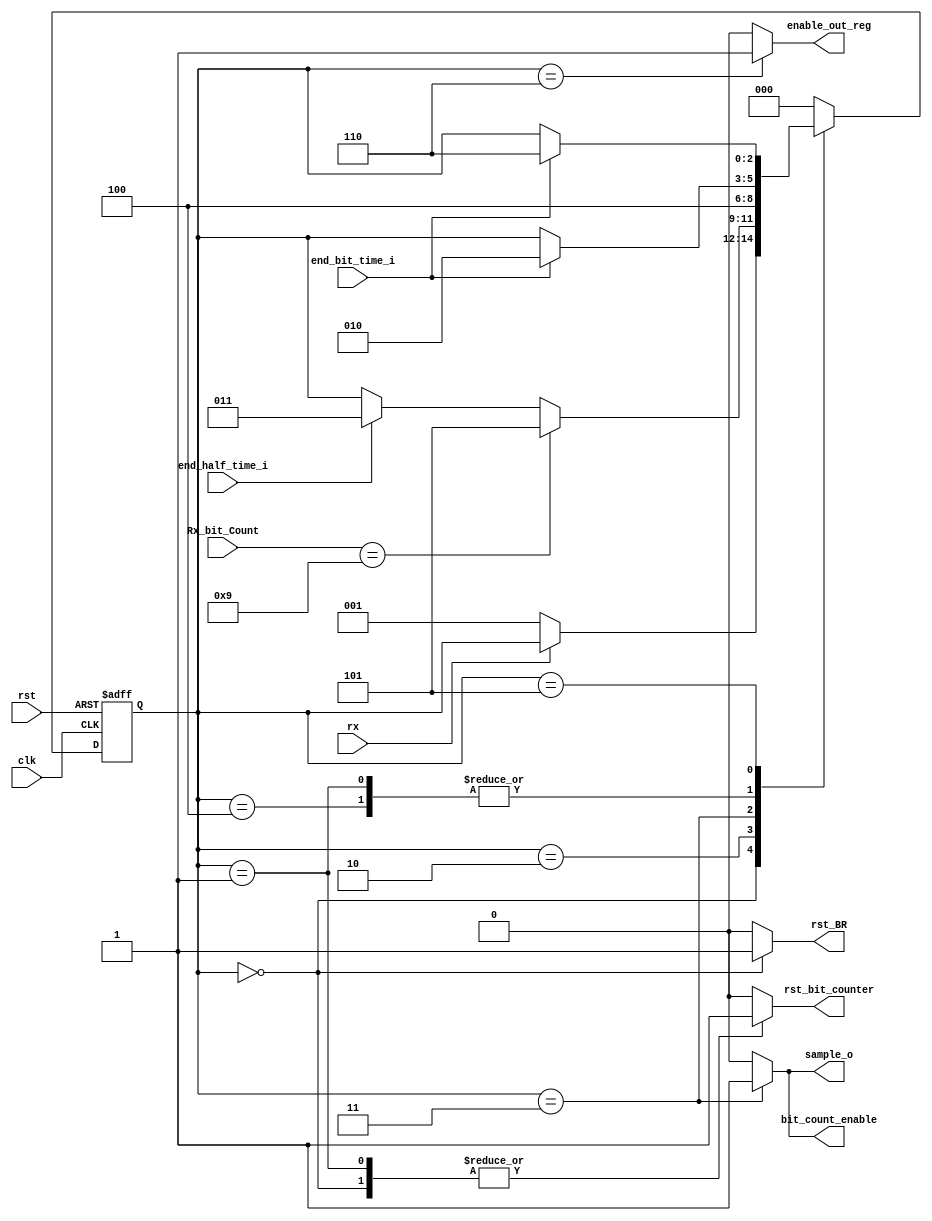
`timescale 1ns / 1ps
//////////////////////////////////////////////////////////////////////////////////
// Company: ITESO
// Finite State Machine to control a RS232 Receiver
////////////////////////////////////////////////////////////////////////////////////
module FSM_UART_Rx(
	// Inputs
	input rx,
	input clk,
	input rst,
	input end_half_time_i,
	input end_bit_time_i,
	input [3:0] Rx_bit_Count,
	
	// Outputs
	output reg sample_o,
	output reg bit_count_enable,
	output reg rst_BR,
	output reg rst_bit_counter,
	output reg enable_out_reg
);

// States
localparam INI_S				= 3'b000;
localparam START_S			= 3'b001;
localparam RX_BITS_S			= 3'b010;
localparam SAMPLE_S			= 3'b011;
localparam RX_WAIT_S			= 3'b100;
//localparam PARITY_S		= 3'b101;
//localparam SAMPLE_PAR_S	= 3'b110;
localparam STOP_S				= 3'b101;
localparam SAVE_RX_DATA_S	= 3'b110;

reg [2:0] Rx_state;

// ====================================================
// = State Machine         
// ====================================================

// Next state logic & Present state FF's
always @(posedge rst, posedge clk) begin
	
	if (rst) 
		Rx_state <= INI_S;
	
	else 
		
		case (Rx_state)
			
			INI_S:
				if (~rx)
						Rx_state <= START_S;
			
			START_S:
				if (end_bit_time_i)
					Rx_state <= RX_BITS_S;
			
			RX_BITS_S:
				if (Rx_bit_Count == 4'b1001)
					Rx_state <= STOP_S;
				else
					if (end_half_time_i)
							Rx_state <= SAMPLE_S;
			
			SAMPLE_S:
				Rx_state <= RX_WAIT_S;
				
			RX_WAIT_S:
				if (end_bit_time_i)	
					Rx_state <= RX_BITS_S;
					
			STOP_S:
				if (end_bit_time_i)	
					Rx_state <= SAVE_RX_DATA_S;
					
			SAVE_RX_DATA_S:
				Rx_state <= INI_S;
			
			default:
				Rx_state <= INI_S;
				
		endcase
end

// Output logic
always @(Rx_state) begin

case(Rx_state)
	INI_S: 	
		begin
			sample_o				= 1'b0;
			bit_count_enable	= 1'b0;
			rst_BR				= 1'b1;
			rst_bit_counter	= 1'b1;
			enable_out_reg		= 1'b0;
			
		end
	START_S: 	
		begin
			sample_o				= 1'b0;
			bit_count_enable	= 1'b0;
			rst_BR				= 1'b0;
			rst_bit_counter	= 1'b1;
			enable_out_reg		= 1'b0;
			
		end
	RX_BITS_S: 	
		begin
			sample_o				= 1'b0;
			bit_count_enable	= 1'b0;
			rst_BR				= 1'b0;
			rst_bit_counter	= 1'b0;
			enable_out_reg		= 1'b0;
		end
	SAMPLE_S: 	
		begin
			sample_o 			= 1'b1;
			bit_count_enable	= 1'b1;
			rst_BR				= 1'b0;
			rst_bit_counter	= 1'b0;
			enable_out_reg		= 1'b0;
		end
	RX_WAIT_S:
		begin
			sample_o 			= 1'b0;
			bit_count_enable	= 1'b0;
			rst_BR				= 1'b0;
			rst_bit_counter	= 1'b0;
			enable_out_reg		= 1'b0;
		end
	STOP_S: 	
		begin
			sample_o				= 1'b0;
			bit_count_enable	= 1'b0;
			rst_BR				= 1'b0;
			rst_bit_counter	= 1'b0;
			enable_out_reg		= 1'b0;
		end
	SAVE_RX_DATA_S: 	
		begin
			sample_o				= 1'b0;
			bit_count_enable	= 1'b0;
			rst_BR				= 1'b0;
			rst_bit_counter	= 1'b0;
			enable_out_reg		= 1'b1;
		end						
	default:
		begin
			sample_o				= 1'b0;
			bit_count_enable	= 1'b0;
			rst_BR				= 1'b0;
			rst_bit_counter	= 1'b0;
			enable_out_reg		= 1'b0;
		end
endcase
end

endmodule